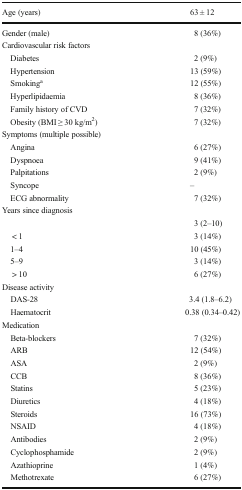
| Age (years) | 63 ± 12 |
 | --- | --- |
 | Gender (male) | 8 (36%) |
 | <COLSPAN=2> Cardiovascular risk factors |
 | Diabetes | 2 (9%) |
 | Hypertension | 13 (59%) |
 | Smokinga | 12 (55%) |
 | Hyperlipidaemia | 8 (36%) |
 | Family history of CVD | 7 (32%) |
 | Obesity (BMI ≥ 30 kg/m2) | 7 (32%) |
 | <COLSPAN=2> Symptoms (multiple possible) |
 | Angina | 6 (27%) |
 | Dyspnoea | 9 (41%) |
 | Palpitations | 2 (9%) |
 | Syncope | – |
 | ECG abnormality | 7 (32%) |
 | <COLSPAN=2> Years since diagnosis |
 |  | 3 (2–10) |
 | < 1 | 3 (14%) |
 | 1–4 | 10 (45%) |
 | 5–9 | 3 (14%) |
 | > 10 | 6 (27%) |
 | <COLSPAN=2> Disease activity |
 | DAS-28 | 3.4 (1.8–6.2) |
 | Haematocrit | 0.38 (0.34–0.42) |
 | <COLSPAN=2> Medication |
 | Beta-blockers | 7 (32%) |
 | ARB | 12 (54%) |
 | ASA | 2 (9%) |
 | CCB | 8 (36%) |
 | Statins | 5 (23%) |
 | Diuretics | 4 (18%) |
 | Steroids | 16 (73%) |
 | NSAID | 4 (18%) |
 | Antibodies | 2 (9%) |
 | Cyclophosphamide | 2 (9%) |
 | Azathioprine | 1 (4%) |
 | Methotrexate | 6 (27%) |